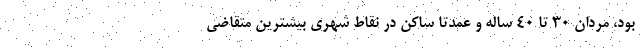
بود، مردان ۳۰ تا ۴۰ ساله و عمدتا ساکن در نقاط شهری بیشترین متقاضی